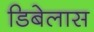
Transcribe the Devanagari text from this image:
डिबेलास